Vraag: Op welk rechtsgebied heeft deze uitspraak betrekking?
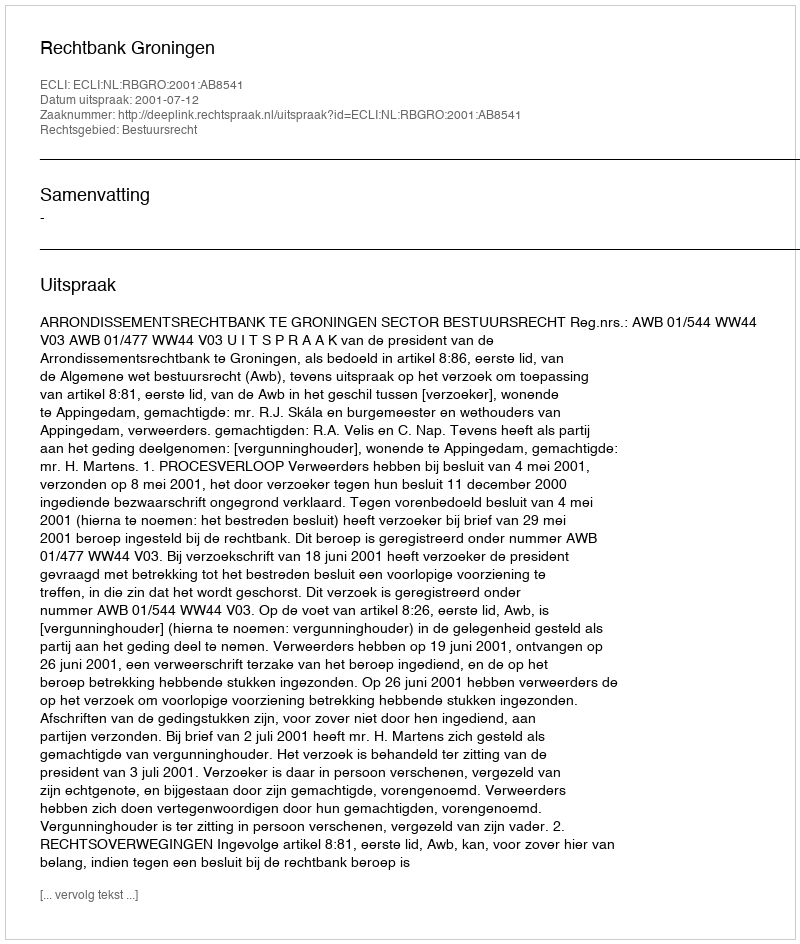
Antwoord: Bestuursrecht